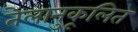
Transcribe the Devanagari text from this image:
तेलानुकूलित